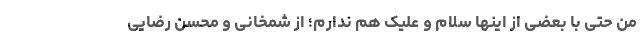
من حتی با بعضی از اینها سلام و علیک هم ندارم؛ از شمخانی و محسن رضایی